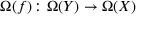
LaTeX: \Omega ( f ) \colon \Omega ( Y ) \to \Omega ( X )